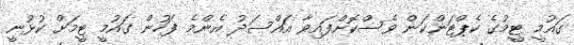
ގައުމީ ޓީމުގެ ކެޕްޓަންކަން ވެސްކޮށްފައިވާ އައްސަދު އެންމެ ފަހުން ގައުމީ ޓީމަށް ކުޅުނީ